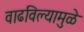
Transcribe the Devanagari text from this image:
वाढविल्यामुळे